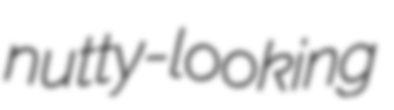
nutty-looking